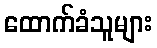
ထောက်ခံသူများ